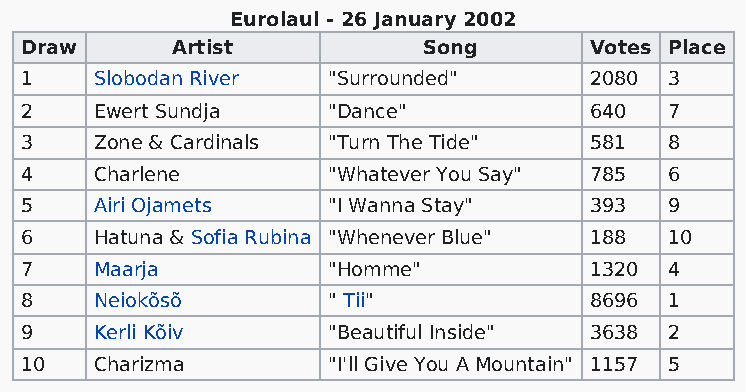
Eurolaul - 26 January 2002
 Draw      Artist           Song       Votes Place
 1    Slobodan River  "Surrounded"     2080 3
 2    Ewert Sundja    "Dance"          640  7
 3    Zone & Cardinals "Turn The Tide" 581  8
 4    Charlene        "Whatever You Say" 785 6
 5    Airi Ojamets    "I Wanna Stay"   393  9
 6    Hatuna & Sofia Rubina "Whenever Blue" 188 10
 7    Maarja          "Homme"          1320 4
 8    Neiokõsõ        " Tii"           8696 1
 9    Kerli Kõiv      "Beautiful Inside" 3638 2
 10   Charizma        "I'll Give You A Mountain" 1157 5